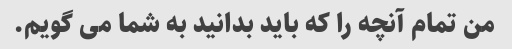
من تمام آنچه را که باید بدانید به شما می گویم.